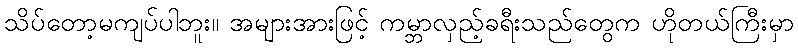
သိပ်တော့မကျပ်ပါဘူး။ အများအားဖြင့် ကမ္ဘာလှည့်ခရီးသည်တွေက ဟိုတယ်ကြီးမှာ